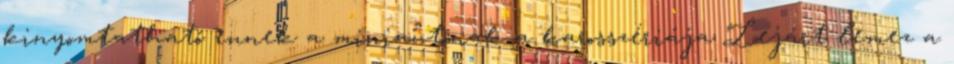
kinyomtatható ennek a miniautónak a karosszériája Lejárt lemez a